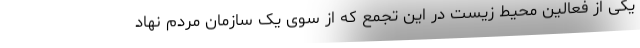
یکی از فعالین محیط زیست در این تجمع که از سوی یک سازمان مردم نهاد